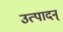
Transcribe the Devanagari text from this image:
उत्पादन्